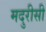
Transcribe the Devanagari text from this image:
मदुरीसी